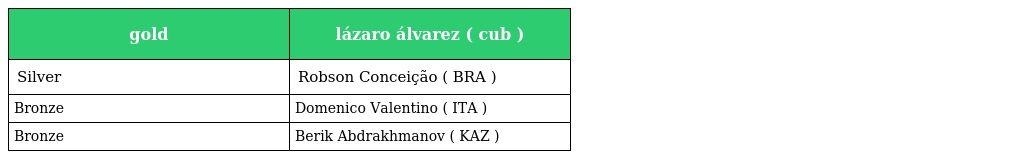
| gold | lázaro álvarez ( cub ) |
 | --- | --- |
 | Silver | Robson Conceição ( BRA ) |
 | Bronze | Domenico Valentino ( ITA ) |
 | Bronze | Berik Abdrakhmanov ( KAZ ) |